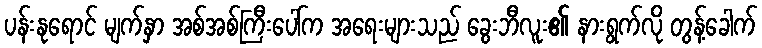
ပန်းနုရောင် မျက်နှာ အစ်အစ်ကြီးပေါ်က အရေးများသည် ခွေးဘီလူး၏ နားရွက်လို တွန့်ခေါက်